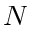
N